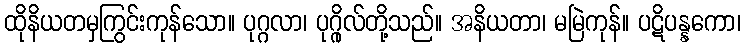
ထိုနိယတမှကြွင်းကုန်သော။ ပုဂ္ဂလာ၊ ပုဂ္ဂိုလ်တို့သည်။ အနိယတာ၊ မမြဲကုန်။ ပဋိပန္နကော၊